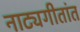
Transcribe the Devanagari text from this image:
नाट्यगीतांत